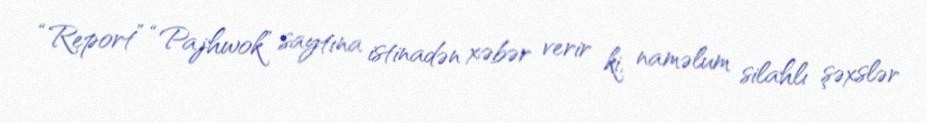
“Report” “Pajhwok” saytına istinadən xəbər verir ki, naməlum silahlı şəxslər